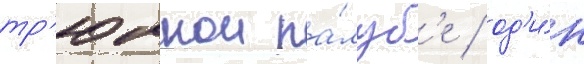
тр'юмнои па́луб'е / од'и́н